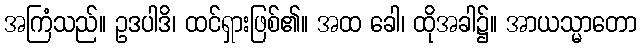
အကြံသည်။ ဥဒပါဒိ၊ ထင်ရှားဖြစ်၏။ အထ ခေါ၊ ထိုအခါ၌။ အာယသ္မာတော